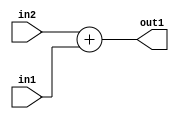
`timescale 1ps / 1ps
/*****************************************************************************
    Verilog RTL Description
    
    
    Created by: Stratus DpOpt 21.05.01 
*******************************************************************************/

module Filter_Add_4Ux2U_4U_1 (
	in2,
	in1,
	out1
	); /* architecture "behavioural" */ 
input [3:0] in2;
input [1:0] in1;
output [3:0] out1;
wire [3:0] asc001;

assign asc001 = 
	+(in2)
	+(in1);

assign out1 = asc001;
endmodule

/* CADENCE  urj4Qg4= : u9/ySxbfrwZIxEzHVQQV8Q== ** DO NOT EDIT THIS LINE ******/